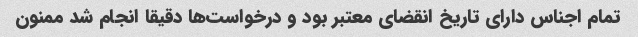
تمام اجناس دارای تاریخ انقضای معتبر بود و درخواست‌ها دقیقا انجام شد ممنون